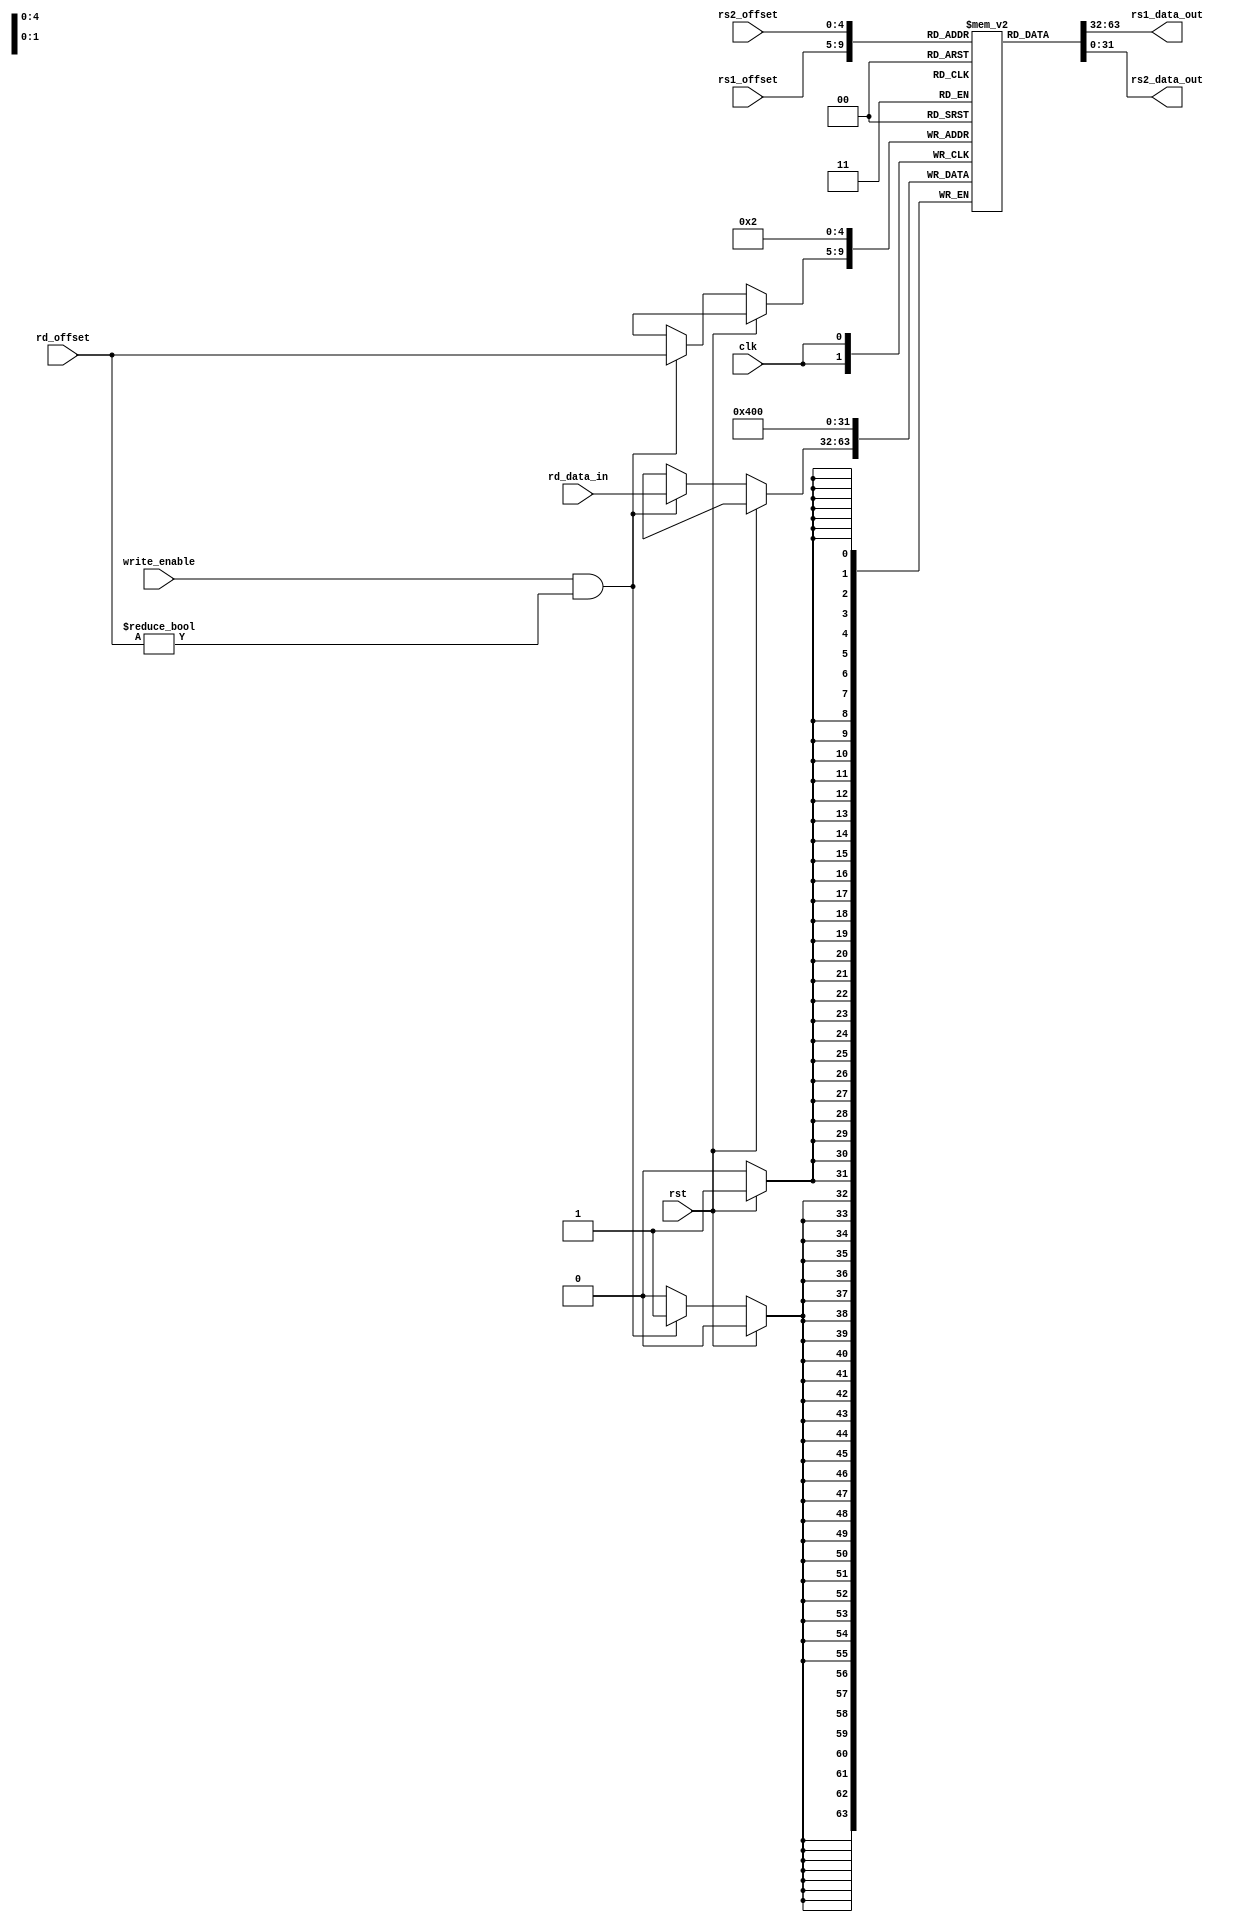
module registers(
  input rst,
  input clk,
  input write_enable,
  input [REG_WIDTH-1 : 0] rs1_offset,
  input [REG_WIDTH-1 : 0] rs2_offset,
  input [REG_WIDTH-1 : 0] rd_offset,
  input [WIDTH-1 : 0] rd_data_in,
  output [WIDTH-1 : 0] rs1_data_out,
  output [WIDTH-1 : 0] rs2_data_out);

  parameter REG_WIDTH = 5;
  parameter WIDTH = 32;
  parameter STACK_REG = 2;
  parameter STACK_START = 1024; //1k
  localparam REG_COUNT = 1 << REG_WIDTH;
  reg [WIDTH-1 : 0] regs [0 : REG_COUNT-1];

`ifdef IVERILOG

  integer i;
  initial begin
    for (i = 0; i < REG_COUNT; i = i + 1) begin
      regs[i] = 0;
    end
  end

`endif

  assign rs1_data_out = regs[rs1_offset];
  assign rs2_data_out = regs[rs2_offset];

  always @(posedge clk) begin
    if (rst) begin
      regs[2] <= STACK_START;
    end else begin
      if (write_enable && (rd_offset != 0)) begin
        regs[rd_offset] <= rd_data_in;
      end
    end
  end

endmodule